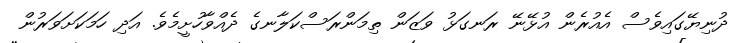
ދުނިޔޭގައިވެސް އެއުރެން އުޅޭނޭ ރަނގަޅު ވަޒަން ތިމަންރަސްކަލާނގެ ދެއްވާހުށީމެވެ. އަދި ހަމަކަށަވަރުން